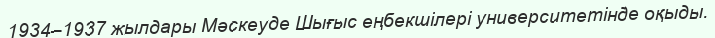
1934–1937 жылдары Мәскеуде Шығыс еңбекшілері университетінде оқыды.